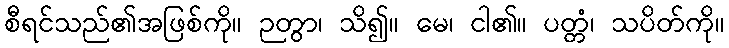
စီရင်သည်၏အဖြစ်ကို။ ဉတွာ၊ သိ၍။ မေ၊ ငါ၏။ ပတ္တံ၊ သပိတ်ကို။